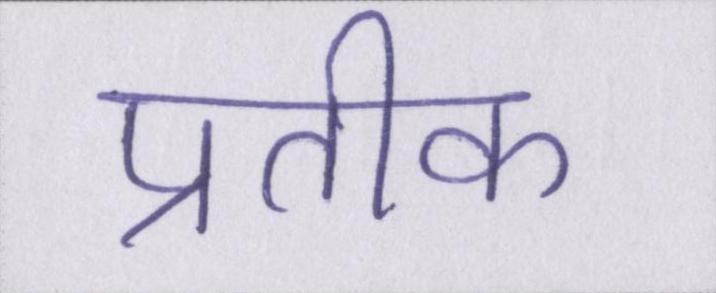
प्रतीक